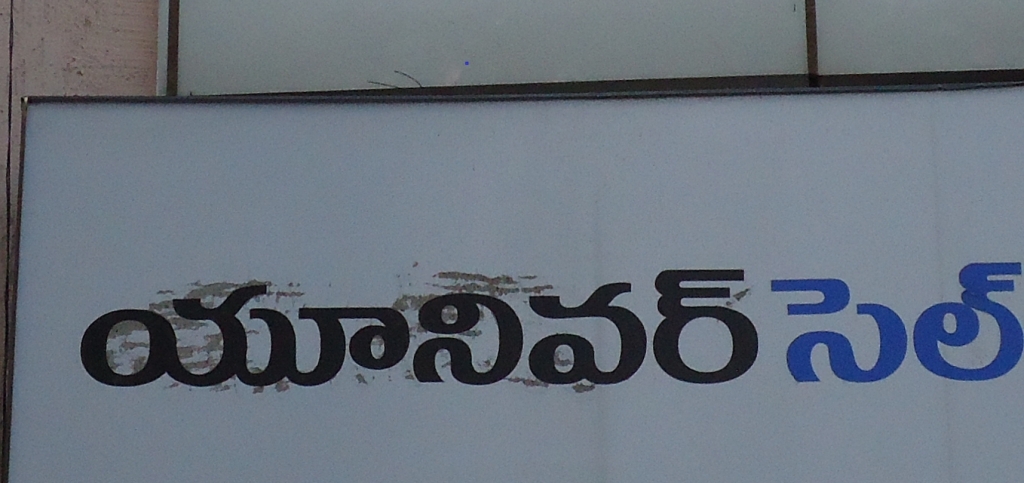
Language: telugu
Transcription: యూనివర్ సెల్